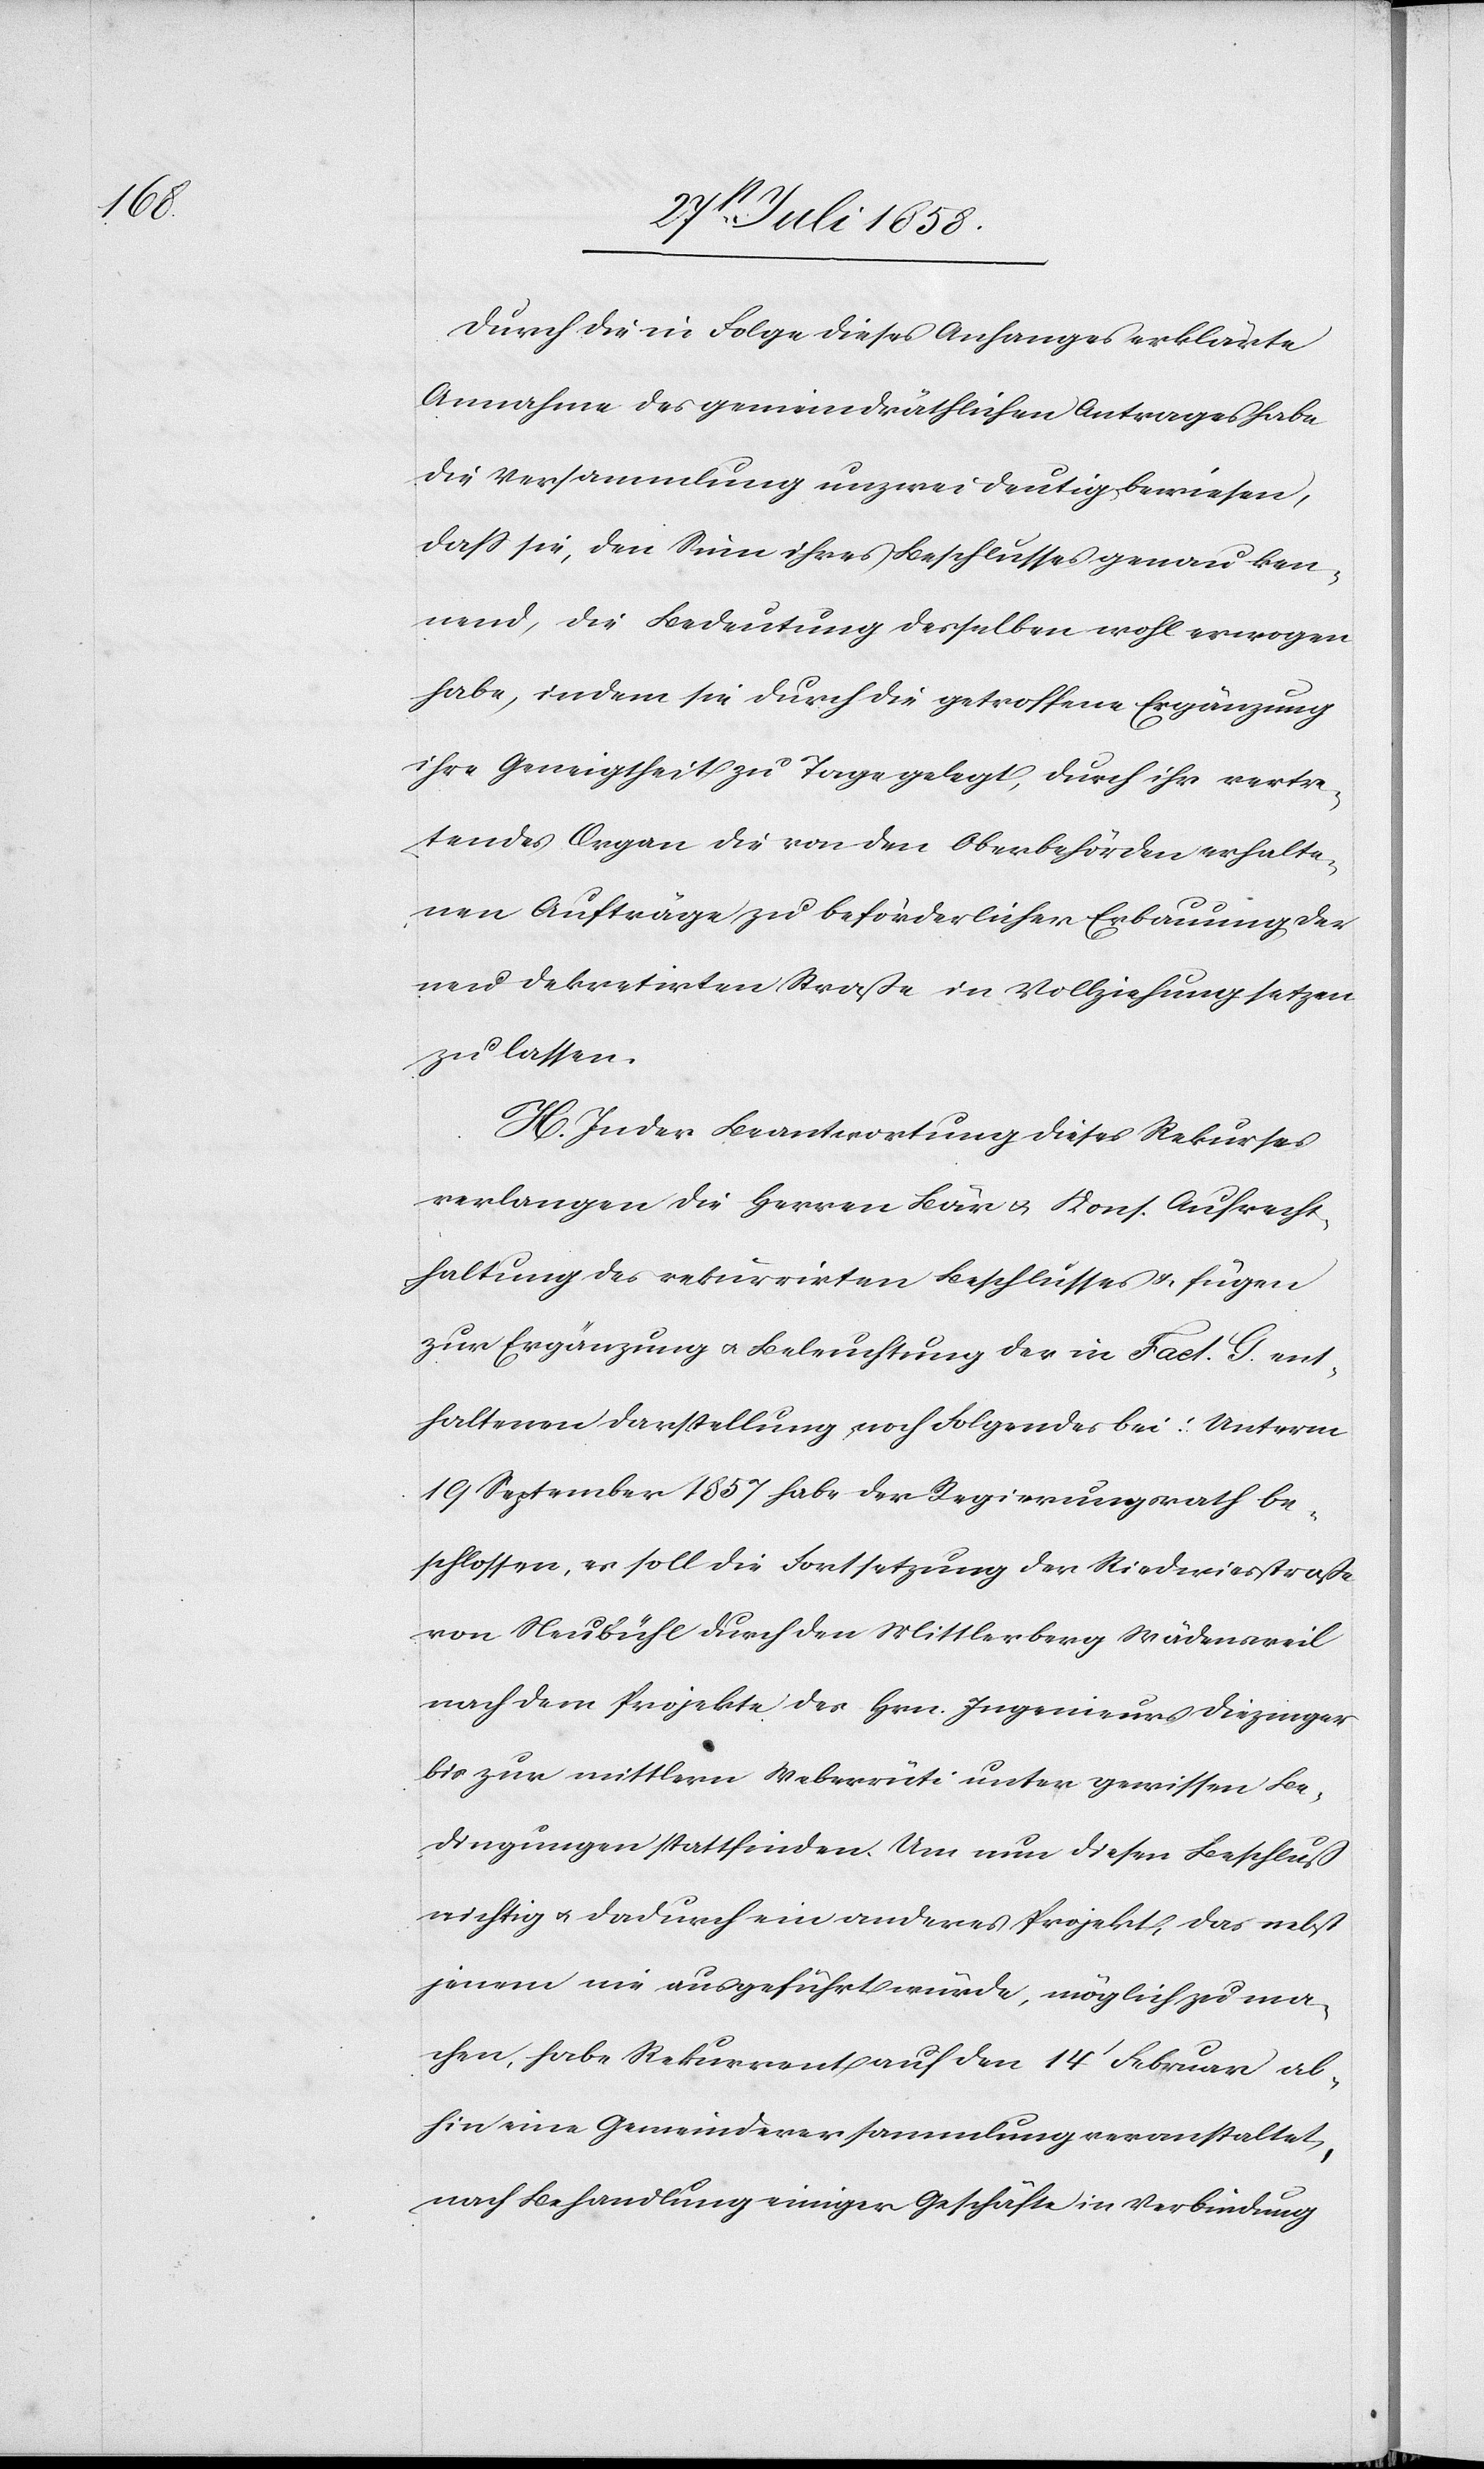
Durch die in Folge dieses Anhanges erklärte
Annahme des gemeindräthlichen Antrages habe
die Versammlung unzweideutig bewiesen,
dass sie, den Sinn ihres Beschlusses genau ken¬
nend, die Bedeutung desselben wohl erwogen
habe, indem sie durch die getroffene Ergänzung
ihre Geneigtheit zu Tage gelegt, durch ihr vertre¬
tendes Organ die von den Oberbehörden erhalte¬
nen Aufträge zu beförderlicher Erbauung der
neu dekretirten Straße in Vollziehung setzen
zu lassen.
H. In der Beantwortung dieses Rekurses
verlangen die Herren Bär & Kons. Aufrecht¬
haltung des rekurrirten Beschlusses & fügen
zur Ergänzung & Beleuchtung der in Fact. G. ent¬
haltenen Darstellung noch Folgendes bei: Unterm
19 September 1857 habe der Regierungsrath be¬
schlossen, es soll die Fortsetzung der Riedwiesstraße
von Neubühl durch den Mittlerberg Wädensweil
nach dem Projekte des Hrn. Ingenieurs Diezinger
bis zur mittlern Weberrüti unter gewissen Be¬
dingungen stattfinden. Um nun diesen Beschluß
nichtig & dadurch ein anderes Projekt, das nebst
jenem nie ausgeführt würde, möglich zu ma¬
chen, habe Rekurrent auf den 14t Februar ab¬
hin eine Gemeindeversammlung veranstaltet,
nach Behandlung einiger Geschäfte in Verbindung